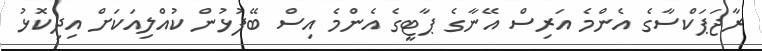
ރާޖަޕަކްސާގެ އެންމެ އަރިސް އޭނާގެ ޕާޓީގެ އެންމެ އިސް ބޭފުޅުން ކުއްލިއަކަށް އިދިކޮޅު